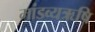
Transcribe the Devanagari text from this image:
मांडव्यऋषि